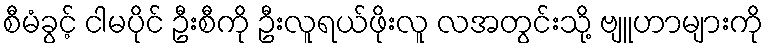
စီမံခွင့် ငါမပိုင် ဦးစီကို ဦးလူရယ်ဖိုးလူ လအတွင်းသို့ ဗျူဟာများကို